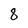
Character: 8